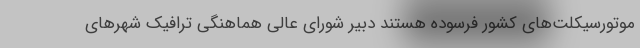
موتورسیکلت‌های کشور فرسوده هستند دبیر شورای عالی هماهنگی ترافیک شهرهای